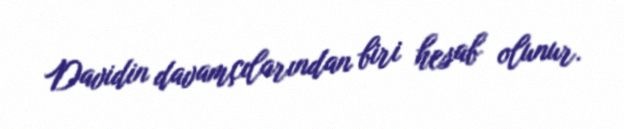
Davidin davamçılarından biri hesab olunur.